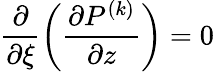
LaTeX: \displaystyle\frac{\partial}{\partial\xi}\left(\frac{\partial P^{(k)}}{\partial z}\right)=0